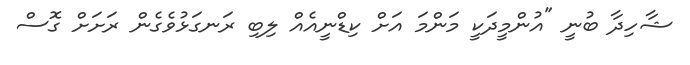
ޝާހިދާ ބުނީ "އުންމީދަކީ މަންމަ އަށް ކިޑްނީއެއް ލިބި ރަނގަޅުވެގެން ރަށަށް ގޮސް